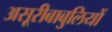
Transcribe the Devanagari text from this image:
असूरीबाबुलियों